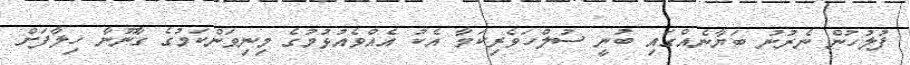
ފުލުހުން ނެރުނު ބަޔާނެއްގައި ބުނީ ސުލްހަވެރިކަމާ އެކު އެއްވެއުޅުމުގެ މިނިވަންކަމުގެ ގާނޫނާ ހިލާފަށް